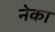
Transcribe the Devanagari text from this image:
नेका